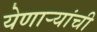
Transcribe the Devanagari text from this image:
येणार्‍यांची